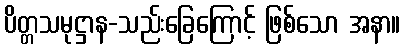
ပိတ္တသမုဋ္ဌာန-သည်းခြေကြောင့် ဖြစ်သော အနာ။